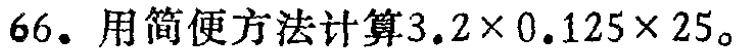
66. 用简便方法计算\(3.2\times0.125\times25\)。